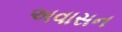
અવાસન